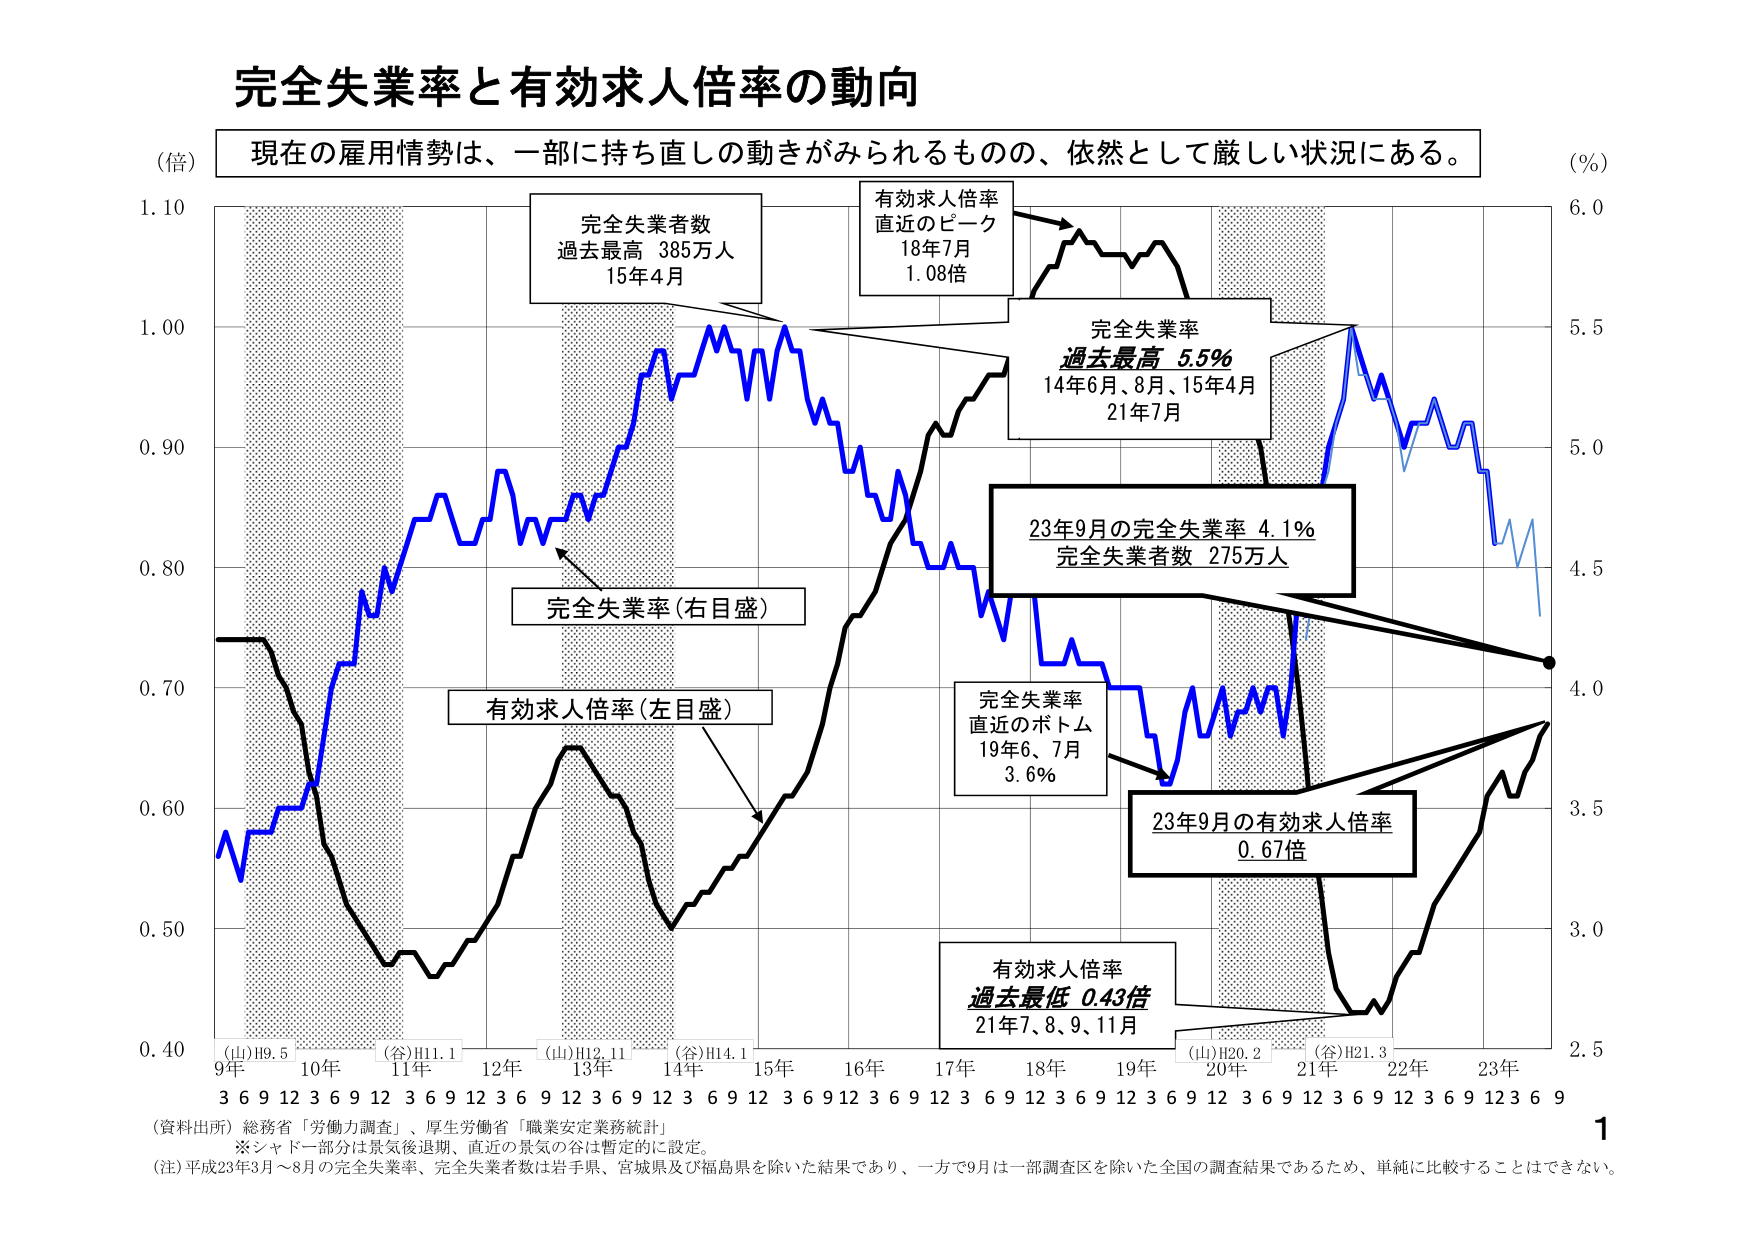
完全失業率と有効求人倍率の動向

（倍） 現在の雇用情勢は、一部に持ち直しの動きがみられるものの、依然として厳しい状況にある。 （％）

完全失業者数
過去最高 385万人
15年4月

有効求人倍率
直近のピーク
18年7月
1.08倍

完全失業率
過去最高 5.5％
14年6月、8月、15年4月
21年7月

完全失業率（右目盛）

有効求人倍率（左目盛）

23年9月の完全失業率 4.1％
完全失業者数 275万人

完全失業率
直近のボトム
19年6、7月
3.6％

23年9月の有効求人倍率
0.67倍

有効求人倍率
過去最低 0.43倍
21年7、8、9、11月

（山）H9.5 （谷）H11.1 （山）H12.11 （谷）H14.1 （山）H20.2 （谷）H21.3
9年 3 6 9 12 10年 3 6 9 12 11年 3 6 9 12 12年 3 6 9 12 13年 3 6 9 12 14年 3 6 9 12 15年 3 6 9 12 16年 3 6 9 12 17年 3 6 9 12 18年 3 6 9 12 19年 3 6 9 12 20年 3 6 9 12 21年 3 6 9 12 22年 3 6 9 12 23年 3 6 9

（資料出所）総務省「労働力調査」、厚生労働省「職業安定業務統計」
※シャドー部分は景気後退期、直近の景気の谷は暫定的に設定。
（注）平成23年3月～8月の完全失業率、完全失業者数は岩手県、宮城県及び福島県を除いた結果であり、一方で9月は一部調査区を除いた全国の調査結果であるため、単純に比較することはできない。

1